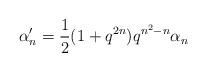
LaTeX: \begin{align*} \alpha_n' = \frac{1}{2}(1+q^{2n})q^{n^2-n}\alpha_n\end{align*}